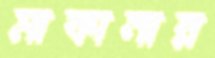
মাকানার